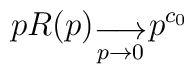
pR(p) _{\stackrel{\displaystyle\longrightarrow}  {p \rightarrow 0}}p^{c_0}